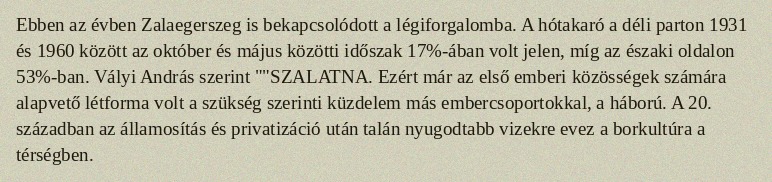
Ebben az évben Zalaegerszeg is bekapcsolódott a légiforgalomba. A hótakaró a déli parton 1931 és 1960 között az október és május közötti időszak 17%-ában volt jelen, míg az északi oldalon 53%-ban. Vályi András szerint ""SZALATNA. Ezért már az első emberi közösségek számára alapvető létforma volt a szükség szerinti küzdelem más embercsoportokkal, a háború. A 20. században az államosítás és privatizáció után talán nyugodtabb vizekre evez a borkultúra a térségben.